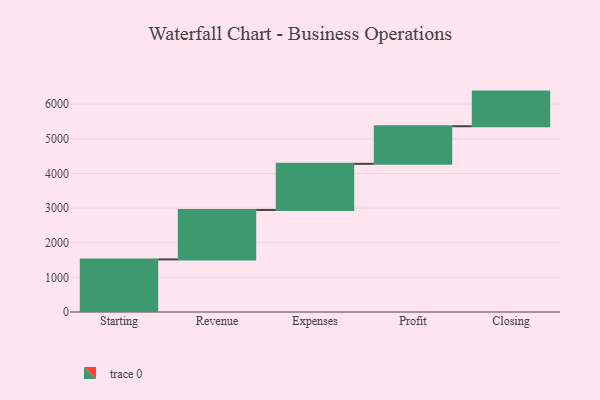
{"axis": {"x": "Step", "y": "Value"}, "legend": [""], "data": [{"x": "Starting", "y": 1519.0, "type": ""}, {"x": "Revenue", "y": 1428.0, "type": ""}, {"x": "Expenses", "y": 1332.0, "type": ""}, {"x": "Profit", "y": 1086.0, "type": ""}, {"x": "Closing", "y": 1000, "type": ""}]}